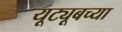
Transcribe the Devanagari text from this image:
यूट्यूबच्या